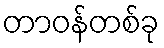
တာဝန်တစ်ခု